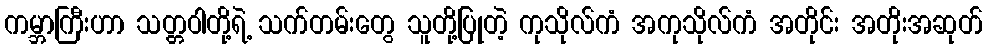
ကမ္ဘာကြီးဟာ သတ္တဝါတို့ရဲ့ သက်တမ်းတွေ သူတို့ပြုတဲ့ ကုသိုလ်ကံ အကုသိုလ်ကံ အတိုင်း အတိုးအဆုတ်